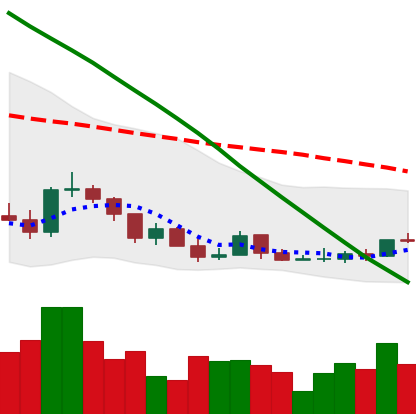
Ticker: ADA-USD
Chart end date: 2022-03-17
Forward return: 16.69%
Label: up_7plus